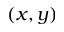
( x , y )